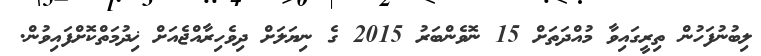
ލިބުނުފަހުން ތިރީގައިވާ މުއްދަތަށް 15 ނޮވެންބަރު 2015 ގެ ނިޔަލަށް ދިވެހިރާއްޖެއަށް ޚިދުމަތްކޮށްފައިވުން.